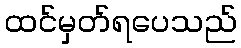
ထင်မှတ်ရပေသည်